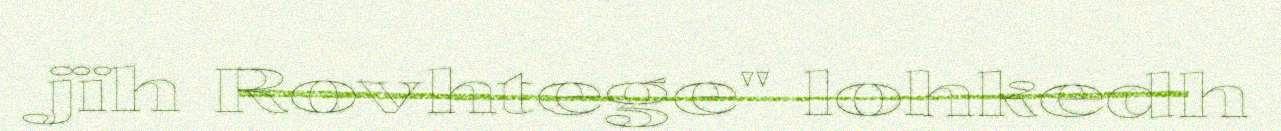
jïh Rovhtege" lohkedh